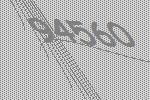
94560